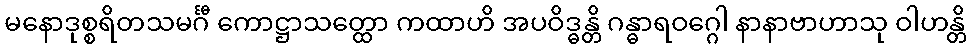
မနောဒုစ္စရိတသမင်္ဂီ ကောဋ္ဌာသတ္ထော ကထာဟိ အပဝိဒ္ဓန္တိ ဂန္ဓာရဝဂ္ဂေါ နာနာဗာဟာသု ဝါဟန္တိ